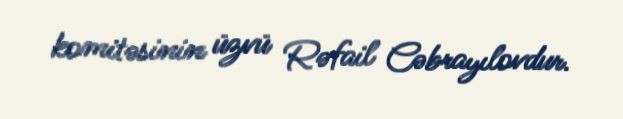
komitəsinin üzvü Rəfail Cəbrayılovdur.